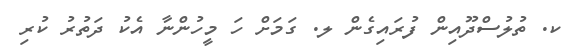
ކ. ތުލުސްދޫއިން ފުރައިގެން ލ. ގަމަށް ހަ މީހުންނާ އެކު ދަތުރު ކުރި